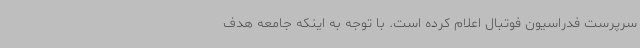
سرپرست فدراسیون فوتبال اعلام کرده است. با توجه به اینکه جامعه هدف